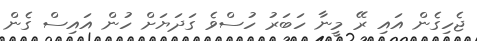
ޖެހިގެން އައި ރޭ މީނާ ހަބަރު ހުސްވެ ގަދަޔަށް ހުން އައިސް ގެން